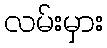
လမ်းမှား